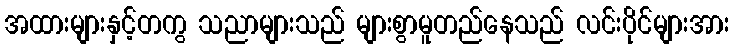
အထားများနှင့်တကွ သညာများသည် များစွာမူတည်နေသည် လင်းပိုင်များအား